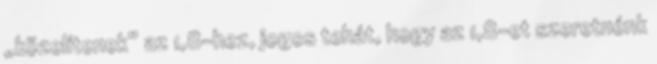
„közelítenek” az 1,8-hez, jogos tehát, hogy az 1,8-et szeretnénk